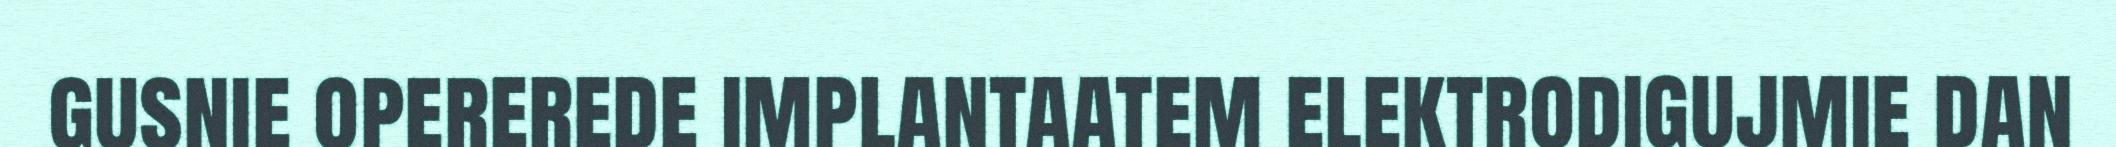
gusnie opererede implantaatem elektrodigujmie dan